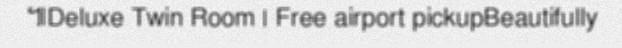
៕Deluxe Twin Room | Free airport pickupBeautifully